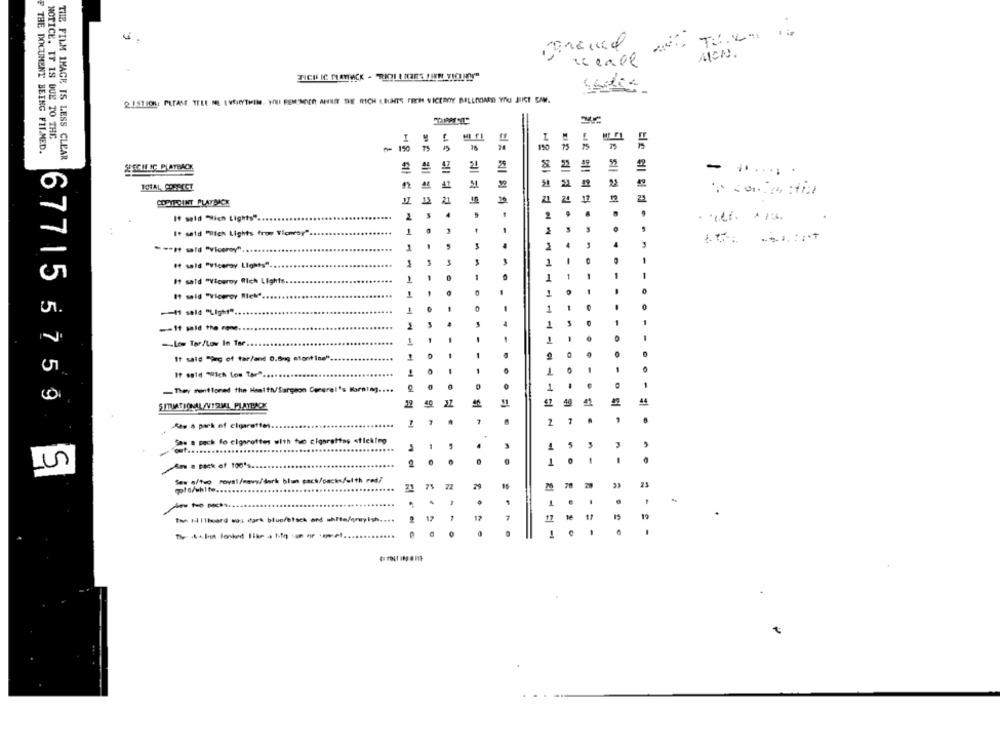
MICN.
reale
2.1STION: PLEASE TELL ME | VESEYTill. WOUI REMINDER ANNET THE RICH IBLANTS FROH VICEROY BALLOONED YOU JUST SAW.
NOTICE. IT IS DUE TO THE
F THE DOCUMENT BEING FIL.MED.
150 TS "
150
THE FILM IMAGE IS LESS CLEAR
SPECIFIC PLAYBACK
21
22
COPYEDINT PLAYBACK
12
25
It said Wich Lights" ..
.
It said "Hten Lights from Tichray"
1
. .
--- it said "viceroy".
1
3
1
1
1
If sald "Viceroy Lights".
1
1
1
1
1
It said "Viceroy Wich Lights
1
It said "Viceroy RleN" ..
1
0
-I seld "Light"
1
1
-19 mald the mme.
-
-Los Tor/Low In Tar
1
1
It said "org of tar/and 0.5mg stontine".
-
1
1
1
It said "Wich Los Tar" .....
1
-They mentioned the Health/Sargeon Corgral's Warning ....
1
SITIMATIONAL /VIZML PLAYHACE
19 40
22
44
677155759
.
.
-
Sas s park of cigarettes.
San a pack fo cigarettes with two cigarattas stleking
-
An a pack of 100's.
......
1
0
Sex s/tuo roval/neww/dork blun pack/packs/with red/
72
M
2
qtd/white ...
.
·
The Illard was dark bluereisch and white/greyish ....
12
17
7
.
1
€